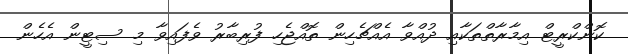
ކޮންކްރީޓް އިމާރާތްތަކާއި ދުއްވާ އެއްޗެހިން ތޮއްޖެހި ފުރިބާރު ވެފައިވާ މި ސިޓީން އެހެން